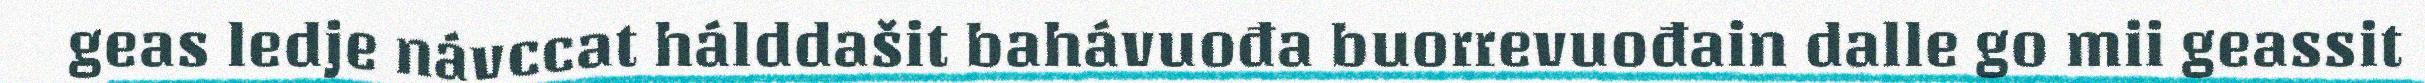
geas ledje návccat hálddašit bahávuođa buorrevuođain dalle go mii geassit